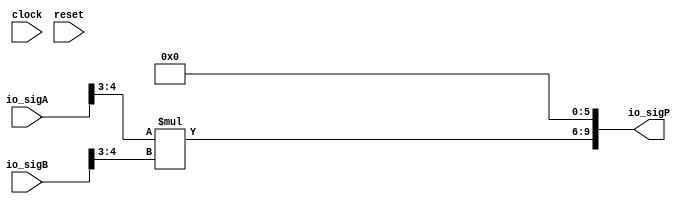
module PositMul8_2_3(
  input        clock,
  input        reset,
  input  [4:0] io_sigA,
  input  [4:0] io_sigB,
  output [9:0] io_sigP
);
  wire [1:0] _T; // @[PositMul.scala 32:20]
  wire [1:0] _T_1; // @[PositMul.scala 32:59]
  wire [1:0] _T_2; // @[PositMul.scala 33:20]
  wire [1:0] _T_3; // @[PositMul.scala 33:59]
  wire [3:0] _T_4; // @[PositMul.scala 35:23]
  wire [3:0] _T_5; // @[Cat.scala 29:58]
  assign _T = io_sigA[4:3]; // @[PositMul.scala 32:20]
  assign _T_1 = $signed(_T); // @[PositMul.scala 32:59]
  assign _T_2 = io_sigB[4:3]; // @[PositMul.scala 33:20]
  assign _T_3 = $signed(_T_2); // @[PositMul.scala 33:59]
  assign _T_4 = $signed(_T_1) * $signed(_T_3); // @[PositMul.scala 35:23]
  assign _T_5 = $unsigned(_T_4); // @[Cat.scala 29:58]
  assign io_sigP = {_T_5,6'h0}; // @[PositMul.scala 35:13]
endmodule